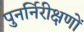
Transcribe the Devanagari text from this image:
पुनर्निरीक्षणों